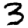
Digit: 3